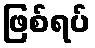
ဖြစ်ရပ်